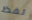
لفظ